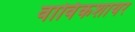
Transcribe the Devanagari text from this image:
वार्विकशायर